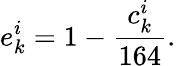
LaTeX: e_{k}^{i}=1-\frac{c_{k}^{i}}{164}.